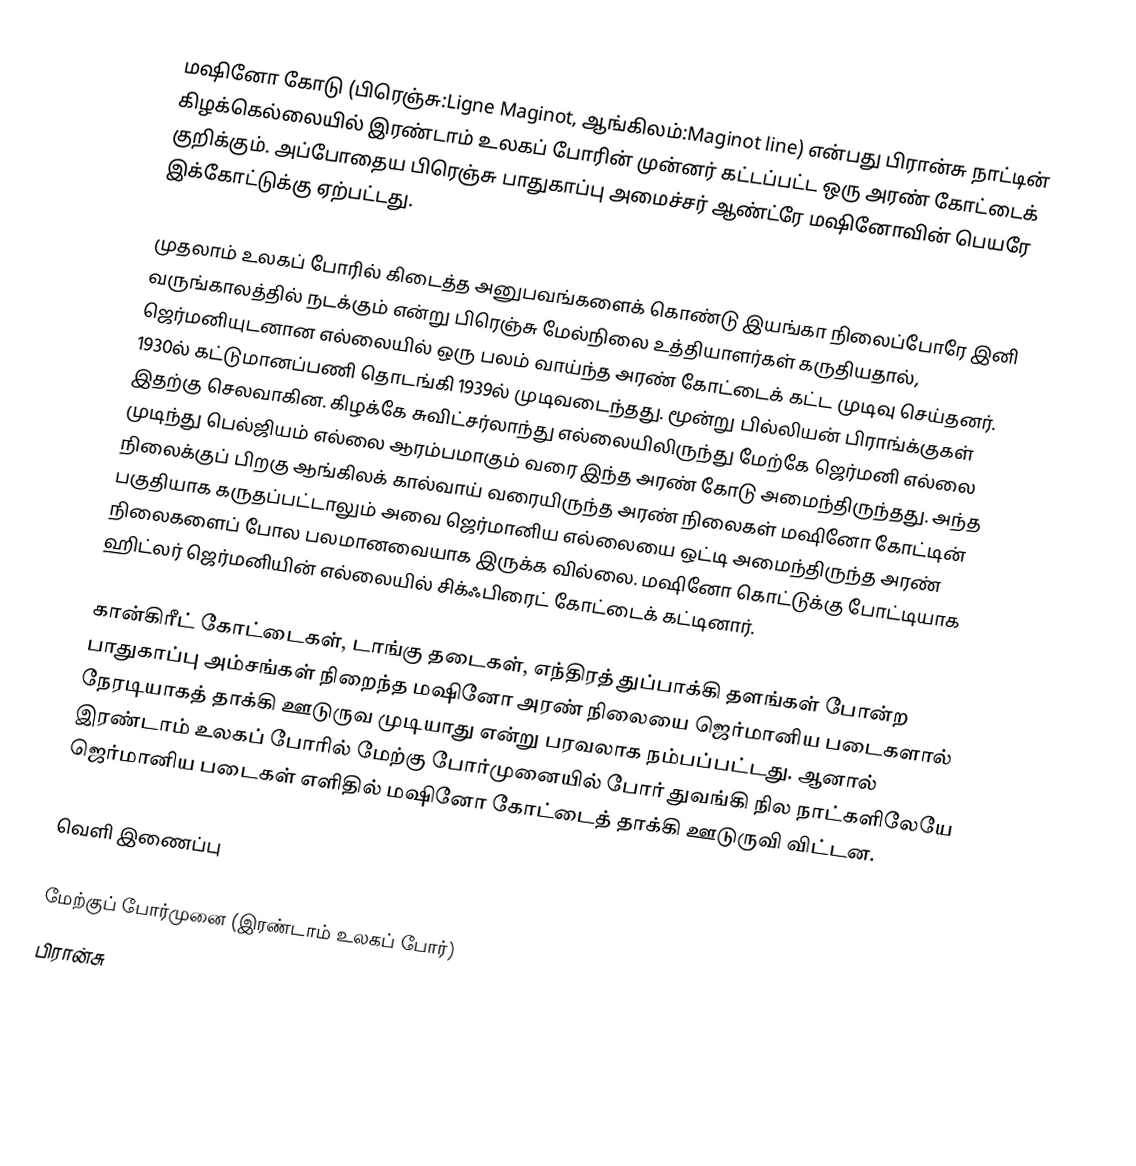
மஷினோ கோடு (பிரெஞ்சு:Ligne Maginot, ஆங்கிலம்:Maginot line) என்பது பிரான்சு நாட்டின் கிழக்கெல்லையில் இரண்டாம் உலகப் போரின் முன்னர் கட்டப்பட்ட ஒரு அரண் கோட்டைக் குறிக்கும். அப்போதைய பிரெஞ்சு பாதுகாப்பு அமைச்சர் ஆண்ட்ரே மஷினோவின் பெயரே இக்கோட்டுக்கு ஏற்பட்டது.

முதலாம் உலகப் போரில் கிடைத்த அனுபவங்களைக் கொண்டு இயங்கா நிலைப்போரே இனி வருங்காலத்தில் நடக்கும் என்று பிரெஞ்சு மேல்நிலை உத்தியாளர்கள் கருதியதால், ஜெர்மனியுடனான எல்லையில் ஒரு பலம் வாய்ந்த அரண் கோட்டைக் கட்ட முடிவு செய்தனர். 1930ல் கட்டுமானப்பணி தொடங்கி 1939ல் முடிவடைந்தது. மூன்று பில்லியன் பிராங்க்குகள் இதற்கு செலவாகின. கிழக்கே சுவிட்சர்லாந்து எல்லையிலிருந்து மேற்கே ஜெர்மனி எல்லை முடிந்து பெல்ஜியம் எல்லை ஆரம்பமாகும் வரை இந்த அரண் கோடு அமைந்திருந்தது. அந்த நிலைக்குப் பிறகு ஆங்கிலக் கால்வாய் வரையிருந்த அரண் நிலைகள் மஷினோ கோட்டின் பகுதியாக கருதப்பட்டாலும் அவை ஜெர்மானிய எல்லையை ஒட்டி அமைந்திருந்த அரண் நிலைகளைப் போல பலமானவையாக இருக்க வில்லை. மஷினோ கொட்டுக்கு போட்டியாக ஹிட்லர் ஜெர்மனியின் எல்லையில் சிக்ஃபிரைட் கோட்டைக் கட்டினார்.

கான்கிரீட் கோட்டைகள், டாங்கு தடைகள், எந்திரத் துப்பாக்கி தளங்கள் போன்ற பாதுகாப்பு அம்சங்கள் நிறைந்த மஷினோ அரண் நிலையை ஜெர்மானிய படைகளால் நேரடியாகத் தாக்கி ஊடுருவ முடியாது என்று பரவலாக நம்பப்பட்டது. ஆனால் இரண்டாம் உலகப் போரில் மேற்கு போர்முனையில் போர் துவங்கி நில நாட்களிலேயே ஜெர்மானிய படைகள் எளிதில் மஷினோ கோட்டைத் தாக்கி ஊடுருவி விட்டன.

வெளி இணைப்பு

மேற்குப் போர்முனை (இரண்டாம் உலகப் போர்)
பிரான்சு